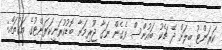
ކަރަންޓު ބިލަށް ދޭ ޗެކު ބައުންސް ވެގެން ނަގާ ޖޫރިމަނާ ބޮޑުކުރަނީކަރަންޓުގެ އަގުތައް: